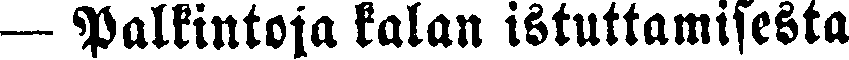
— Palkintoia kalan istuttamisesta